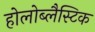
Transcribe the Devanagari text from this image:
होलोब्लैस्टिक